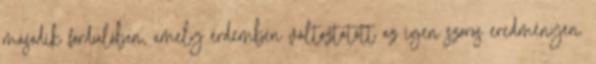
második fordulóban, amely érdemben változtatott az igen szoros eredményen.